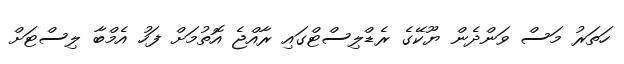
ހަތަރު މަސް ވަންދެން ޔޫކޭގެ ރެޑްލިސްޓްގައި ރާއްޖެ އޮތުމަށް ފަހު އެމްބާ ލިސްޓަށް